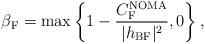
LaTeX: \begin{align*}\beta_{\textrm{F}}=\max \left\lbrace 1-\frac{C_{\textrm{F}}^{\textrm{NOMA}}}{|h_{\textrm{BF}}|^2},0\right\rbrace ,\end{align*}